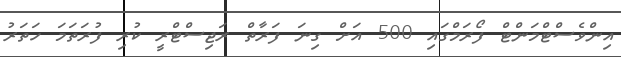
އިންވެސްޓްމަންޓް ފޯރަމްގައި 500 އަށް ގިނަ ފަރާތް ރަޖިސްޓްރީ ކުރި ފުރަތަމަ ހަތަރު